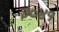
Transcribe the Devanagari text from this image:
३०४१